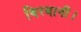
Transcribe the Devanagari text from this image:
बिरयानी।